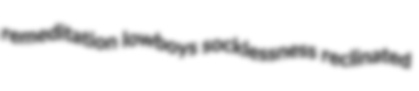
remeditation lowboys socklessness reclinated